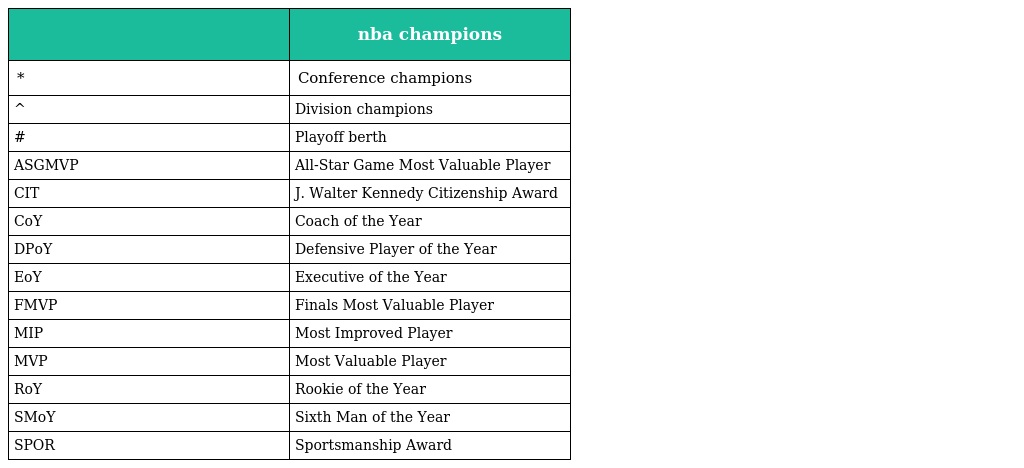
|  | nba champions |
 | --- | --- |
 | * | Conference champions |
 | ^ | Division champions |
 | # | Playoff berth |
 | ASGMVP | All-Star Game Most Valuable Player |
 | CIT | J. Walter Kennedy Citizenship Award |
 | CoY | Coach of the Year |
 | DPoY | Defensive Player of the Year |
 | EoY | Executive of the Year |
 | FMVP | Finals Most Valuable Player |
 | MIP | Most Improved Player |
 | MVP | Most Valuable Player |
 | RoY | Rookie of the Year |
 | SMoY | Sixth Man of the Year |
 | SPOR | Sportsmanship Award |